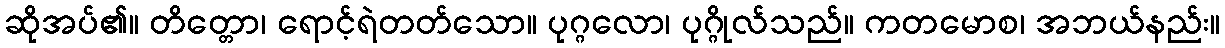
ဆိုအပ်၏။ တိတ္တော၊ ရောင့်ရဲတတ်သော။ ပုဂ္ဂလော၊ ပုဂ္ဂိုလ်သည်။ ကတမောစ၊ အဘယ်နည်း။